Annual report on the Civil Veterinary Department, Burma (including the Insein Veterinary School) - 1923-1931
Year: 1923
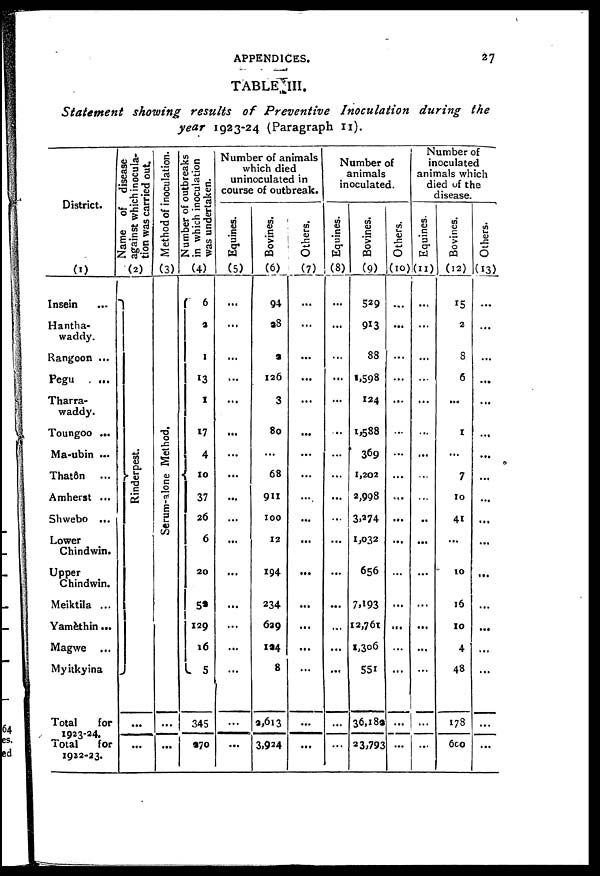
APPENDICES.
27
TABLE III.
Statement
showing results
of Preventive
Inoculation
during
the
year 1923-24 (Paragraph 11).
District.
(1)
Insein ...
Hantha-
waddy.
Rangoon ...
Pegu ...
Tharra-
waddy.
Toungoo ...
Ma-ubin ...
That6n ...
Amherst ...
Shwebo ...
Lower
Chindwin.
Upper
Chindwin.
Meiktila ...
Yamethin...
Magwe ...
Myitkyina
Total
for
1923-24.
Total
for
1922-23.
Name of disease
against which inocula-
tion was carried out.
(2)
Rinderpest.
...
...
Method of inoculation.
(3)
Se r
um- a lone Method,
...
...
Number of outbreaks
in which inoculation
was undertaken.
(4)
6
2
I
13
X
17
4
10
37
26
6
20
52
129
16
5
345
970
Number of animals
which died
uninoculated in
course of outbreak.
Equines.
(5)
...
...
...
...
...
...
...
...
...
...
...
...
...
...
...
...
...
...
Bovines.
(6)
94
98
9
126
3
80
...
68
911
100
12
194
234
629
194
8
2,613
3,924
Others.
(7)
...
...
...
...
...
...
...
...
...
...
...
...
...
...
...
...
...
...
Number of
animals
inoculated.
Equines.
(8)
...
...
...
...
...
...
...
...
...
...
...
...
...
...
...
...
...
...
Bovines.
(9)
529
913
88
1,598
124
1,588
369
1,202
2,998
3,274
1,032
656
7,193
12,761
1,306
551
36,182
23,793
Others.
(10)
...
...
...
...
...
...
...
...
...
...
...
...
...
...
...
...
...
...
Number of
inoculated
animals which
died of the
disease.
Equines.
(11)
...
...
...
...
...
...
...
...
...
..
...
...
...
...
...
...
...
...
Bovines.
(12)
15
2
8
6
...
1
...
7
10
41
...
10
16
10
4
48
178
6co
Others.
(13)
...
...
...
...
...
...
...
...
...
...
...
...
...
...
...
...
...
...